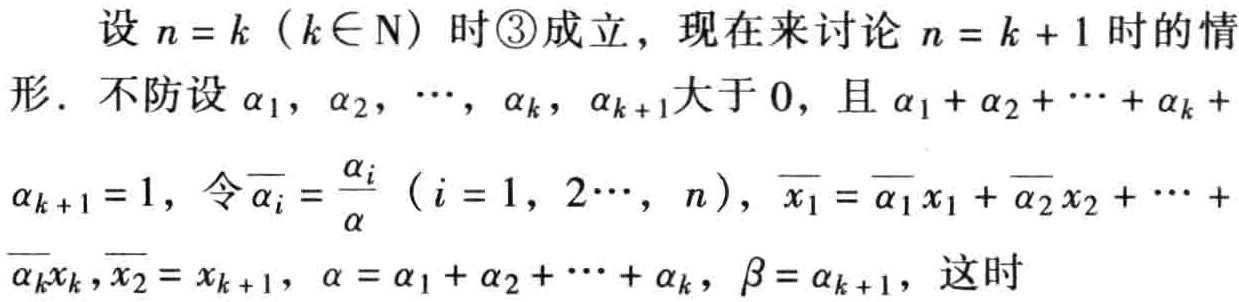
设 \(n = k\)（\(k\in \mathrm{N}\)）时\textcircled{3}成立，现在来讨论 \(n = k + 1\) 时的情形. 不防设 \(\alpha_1,\alpha_2,\cdots,\alpha_k,\alpha_{k + 1}\) 大于 \(0\)，且 \(\alpha_1+\alpha_2+\cdots+\alpha_k+\)

\(\alpha_{k + 1}=1\)，令 \(\overline{\alpha_i}=\frac{\alpha_i}{\alpha}\)（\(i = 1,2\cdots,n\)），\(\overline{x_1}=\overline{\alpha_1}x_1+\overline{\alpha_2}x_2+\cdots +\)

\(\overline{\alpha_k}x_k,\overline{x_2}=x_{k + 1}\)，\(\alpha=\alpha_1+\alpha_2+\cdots+\alpha_k\)，\(\beta=\alpha_{k + 1}\)，这时